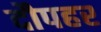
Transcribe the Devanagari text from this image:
दौपहर